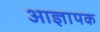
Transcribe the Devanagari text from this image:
आज्ञापक